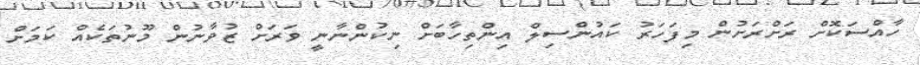
ހާއްސަކޮށް ރަށްރަށުން މިފަހަރު ކައުންސިލް އިންތިހާބަށް ނިކުންނާނީ ވަރަށް ޒުވާނުން މޫނުތަކެއް ކަމަށް